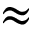
\approx